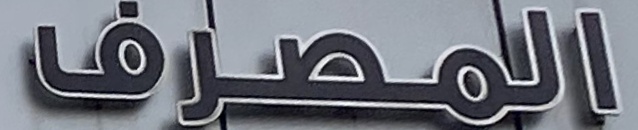
المصرف